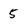
Character: 5